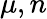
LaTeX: \mu,n